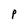
Character: p